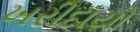
ખરીદાયો